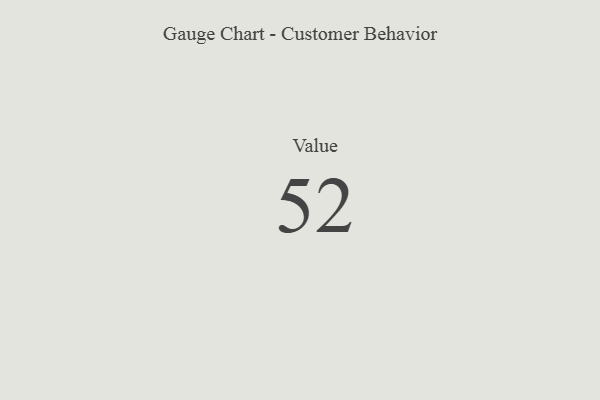
{"axis": {"x": "Metric", "y": "Value"}, "legend": [""], "data": [{"x": "Value", "y": 52, "type": ""}]}